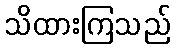
သိထားကြသည်